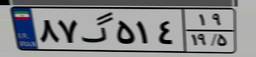
۱۸گ۶۶۶۹۶